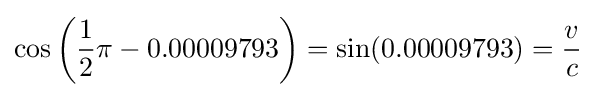
\cos \left({\frac {1}{2}}\pi -0.00009793\right)=\sin(0.00009793)={\frac {v}{c}}